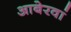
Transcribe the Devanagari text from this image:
आबेरवां